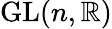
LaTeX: \operatorname{GL}(n,\mathbb{R})